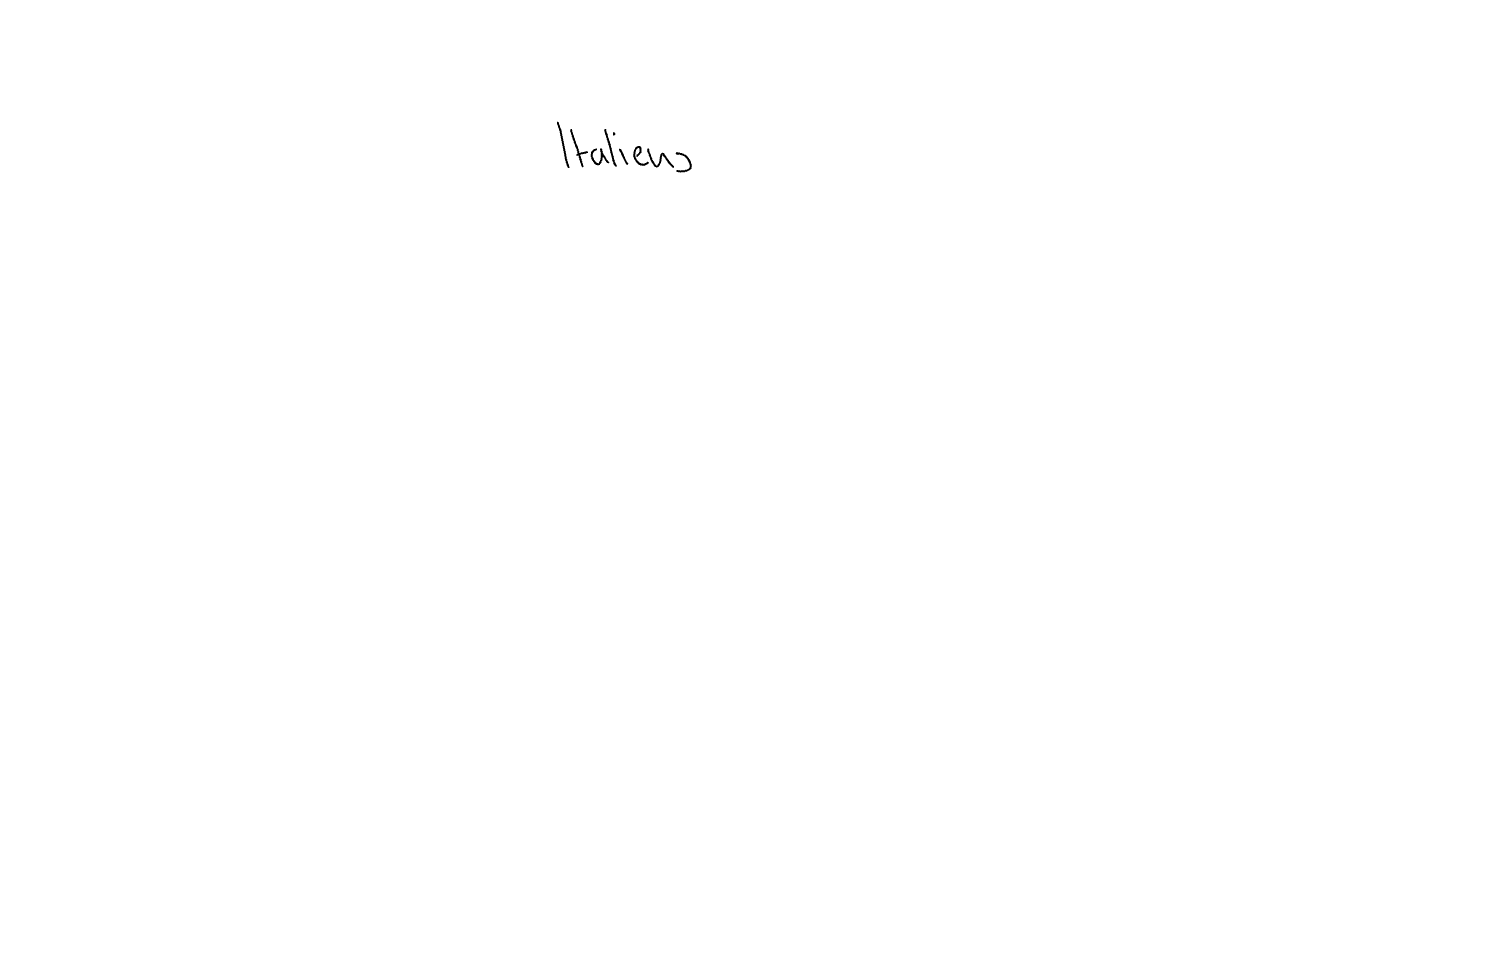
Text: Italiens